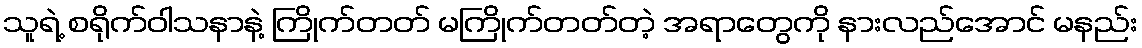
သူရဲ့ စရိုက်ဝါသနာနဲ့ ကြိုက်တတ် မကြိုက်တတ်တဲ့ အရာတွေကို နားလည်အောင် မနည်း